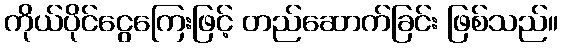
ကိုယ်ပိုင်ငွေကြေးဖြင့် တည်ဆောက်ခြင်း ဖြစ်သည်။